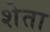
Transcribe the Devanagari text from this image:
शेता